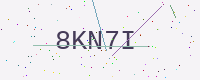
Text: 8KN7I